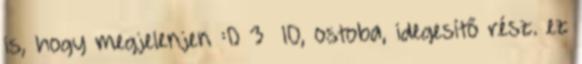
is, hogy megjelenjen :D 3 10, ostoba, idegesítő rész. ez